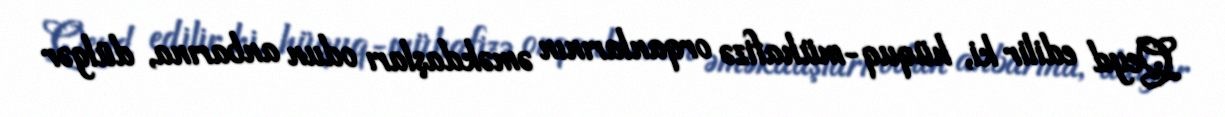
Qeyd edilir ki, hüquq-mühafizə orqanlarının əməkdaşları odun anbarına, dülgər